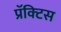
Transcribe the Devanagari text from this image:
प्रॅक्‍टिस